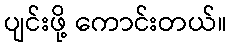
ပျင်းဖို့ ကောင်းတယ်။